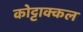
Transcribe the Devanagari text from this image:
कोट्टाक्कल